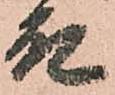
殿